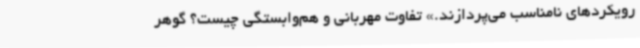
رویکردهای نامناسب می‌پردازند.» تفاوت مهربانی و هم‌وابستگی چیست؟ گوهر